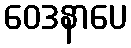
ဝေဒနာပေ